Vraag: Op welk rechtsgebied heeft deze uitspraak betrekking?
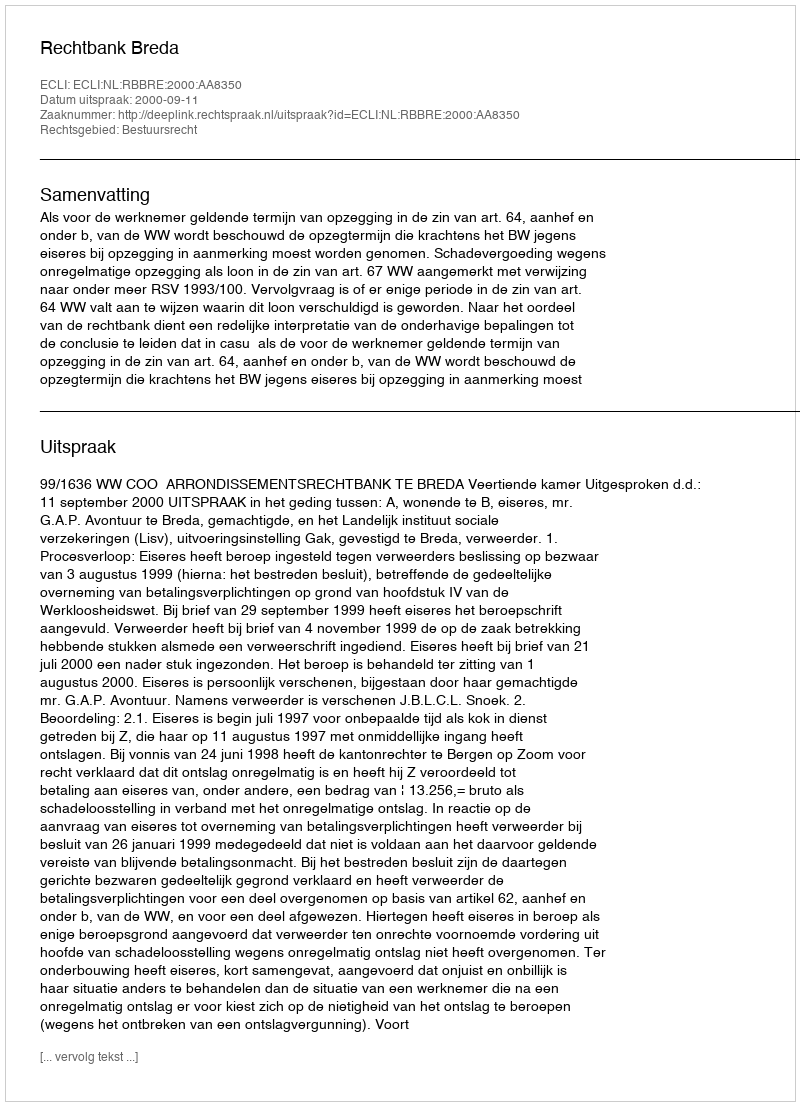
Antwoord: Bestuursrecht